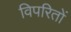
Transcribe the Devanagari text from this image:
विपरितों